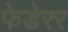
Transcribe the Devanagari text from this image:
फेडेरर